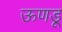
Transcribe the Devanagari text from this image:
ऊणडू